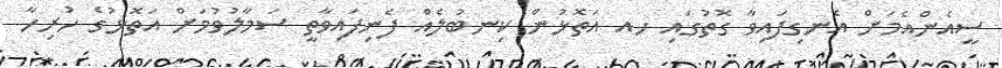
ސީއެންއެމަށް އެނގިފައިވާ ގޮތުގައި ހއ އަތޮޅުން ކިނބުލެއް ފެނިފައިވާތީ ސަމާލުވުމަށް އަތޮޅުގެ ހުރިހާ